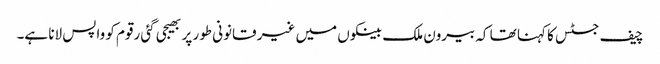
چیف جسٹس کا کہنا تھا کہ بیرون ملک بینکوں میں غیر قانونی طور پر بھیجی گئی رقوم کو واپس لانا ہے۔